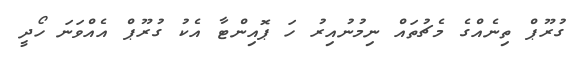
ގުރޫޕް ތިނެއްގެ މެޗުތައް ނިމުނުއިރު ހަ ޕޮއިންޓާ އެކު ގުރޫޕް އެއްވަނަ ހޯދީ